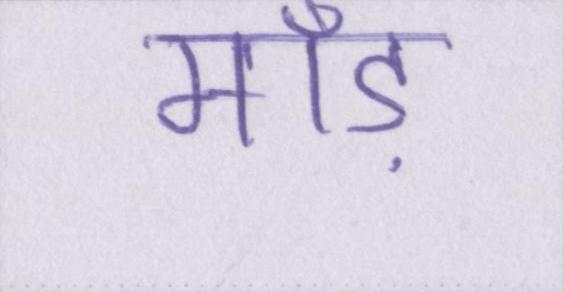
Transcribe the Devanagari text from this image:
माँड़